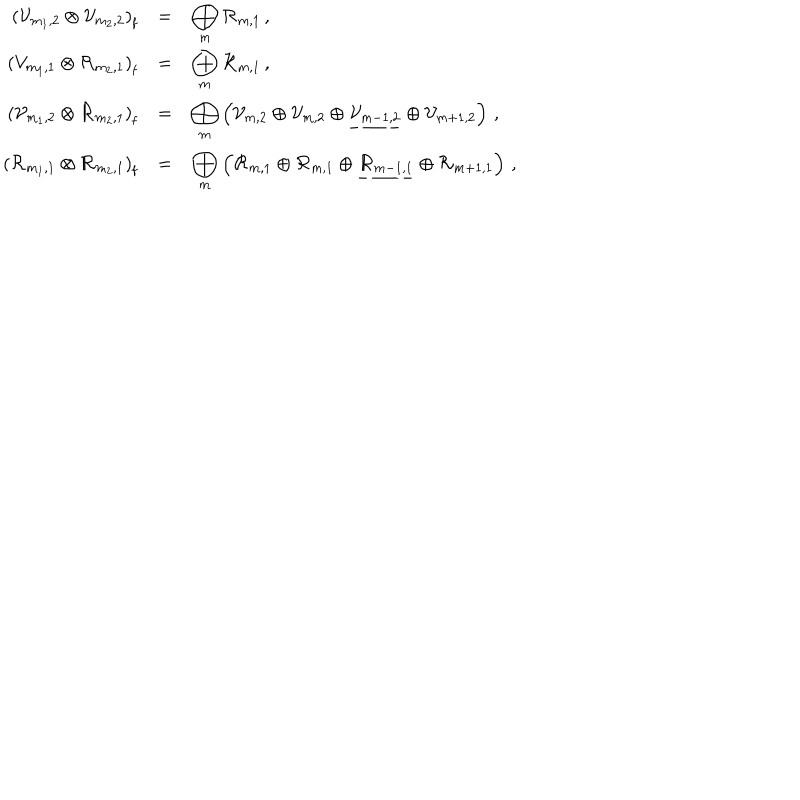
\begin{array} { r c l } { { { \displaystyle \left( { \cal V } _ { m _ { 1 } , 2 } \otimes { \cal V } _ { m _ { 2 } , 2 } \right) _ { \mathrm f } } } } & { { = } } & { { \displaystyle \bigoplus _ { m } { \cal R } _ { m , 1 } \, , } } \\ { { \displaystyle \left( { \cal V } _ { m _ { 1 } , 1 } \otimes { \cal R } _ { m _ { 2 } , 1 } \right) _ { \mathrm f } } } & { { = } } & { { \displaystyle \bigoplus _ { m } { \cal R } _ { m , 1 } \, , } } \\ { { \displaystyle \left( { \cal V } _ { m _ { 1 } , 2 } \otimes { \cal R } _ { m _ { 2 } , 1 } \right) _ { \mathrm f } } } & { { = } } & { { \displaystyle \bigoplus _ { m } \left( { \cal V } _ { m , 2 } \oplus { \cal V } _ { m , 2 } \oplus \underline { { { { \cal V } _ { m - 1 , 2 } } } } \oplus { \cal V } _ { m + 1 , 2 } \right) \, , } } \\ { { \displaystyle \left( { \cal R } _ { m _ { 1 } , 1 } \otimes { \cal R } _ { m _ { 2 } , 1 } \right) _ { \mathrm f } } } & { { = } } & { { \displaystyle \bigoplus _ { m } \left( { \cal R } _ { m , 1 } \oplus { \cal R } _ { m , 1 } \oplus \underline { { { { \cal R } _ { m - 1 , 1 } } } } \oplus { \cal R } _ { m + 1 , 1 } \right) \, , } } \\ \end{array}